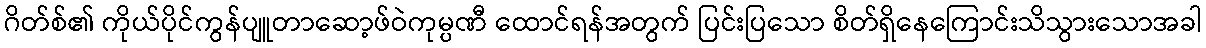
ဂိတ်စ်၏ ကိုယ်ပိုင်ကွန်ပျူတာဆော့ဖ်ဝဲကုမ္ပဏီ ထောင်ရန်အတွက် ပြင်းပြသော စိတ်ရှိနေကြောင်းသိသွားသောအခါ